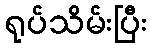
ရုပ်သိမ်းပြီး